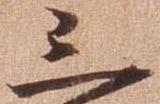
三